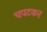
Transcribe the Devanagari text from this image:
चपटकर